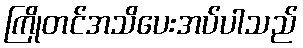
ကြိုတင်အသိပေးအပ်ပါသည်